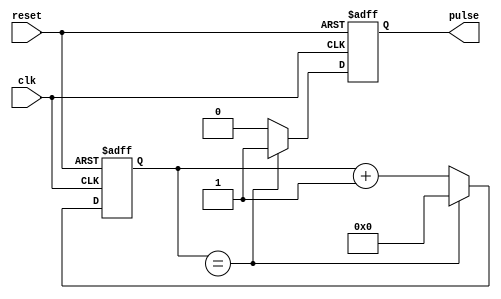
module RTC_timer (
    input clk, // input clock signal
    input reset, // input reset signal
    output reg pulse, // output pulse signal generated by timing control block
    // insert any other necessary input/output declarations here
);
    
    reg [31:0] counter; // 32-bit counter to keep track of time
    
    // Timing control block
    always @(posedge clk or posedge reset) begin
        if (reset) begin
            counter <= 0;
            pulse <= 0;
        end else begin
            if (counter == desired_interval_value) begin // change desired_interval_value to desired interval value
                pulse <= 1;
                counter <= 0;
            end else begin
                counter <= counter + 1;
                pulse <= 0;
            end
        end
    end
    
    // Synchronization block
    // Add synchronization logic here to ensure components are synchronized to a common reference clock
    
    // insert any other necessary blocks of code for functionality
    
endmodule